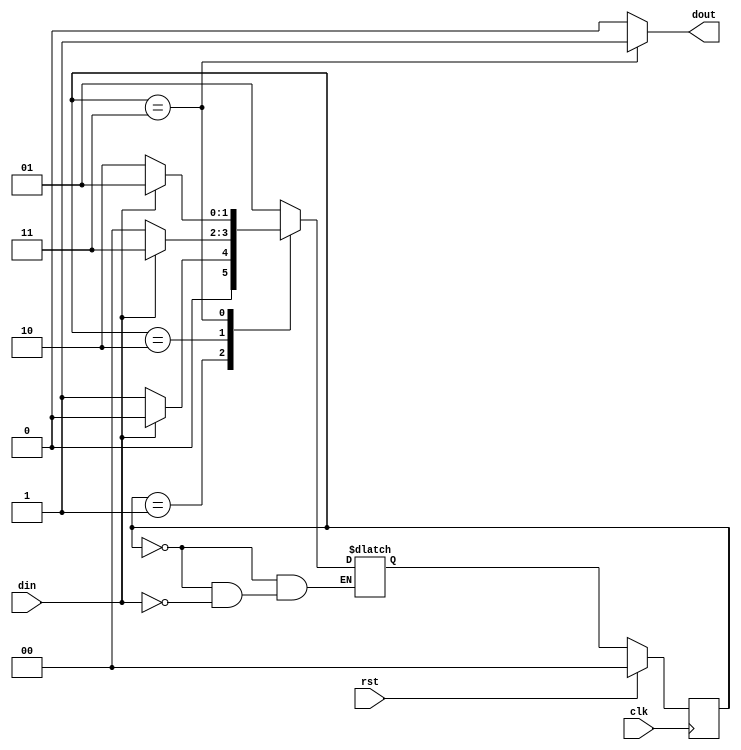
module fsm(din,clk,rst,dout);
input din,clk,rst;
output dout;
parameter s0=2'b00, s1=2'b01, s2=2'b10,s3=2'b11;
reg[1:0]ns,ps;
always@(posedge clk)
begin
	if(rst)
		ps<=s0;
	else
		ps<=ns;
end
always@(*)
begin
	case(ps)
		s0:if(din)
		ns=s1;
	s1:if(~din)
	ns=s1;
else
	ns=s0;
s1:if(~din)
ns=s2;
else
	ns=s1;
s2:if(din)
ns=s3;
else
	ns=s0;
s3:if(din)
ns=s1;
else
	ns=s2;
default:ns=s0;
endcase
end
assign dout=(ps==s3)?1'b1:1'b0;
endmodule